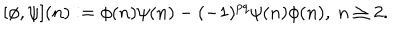
[ \phi , \psi ] ( n ) : = \phi ( n ) \psi ( n ) - ( - 1 ) ^ { p q } \psi ( n ) \phi ( n ) , \ n \geq 2 .